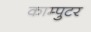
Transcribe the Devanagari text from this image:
काम्पुटर